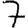
Digit: 7